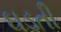
ઘડતી